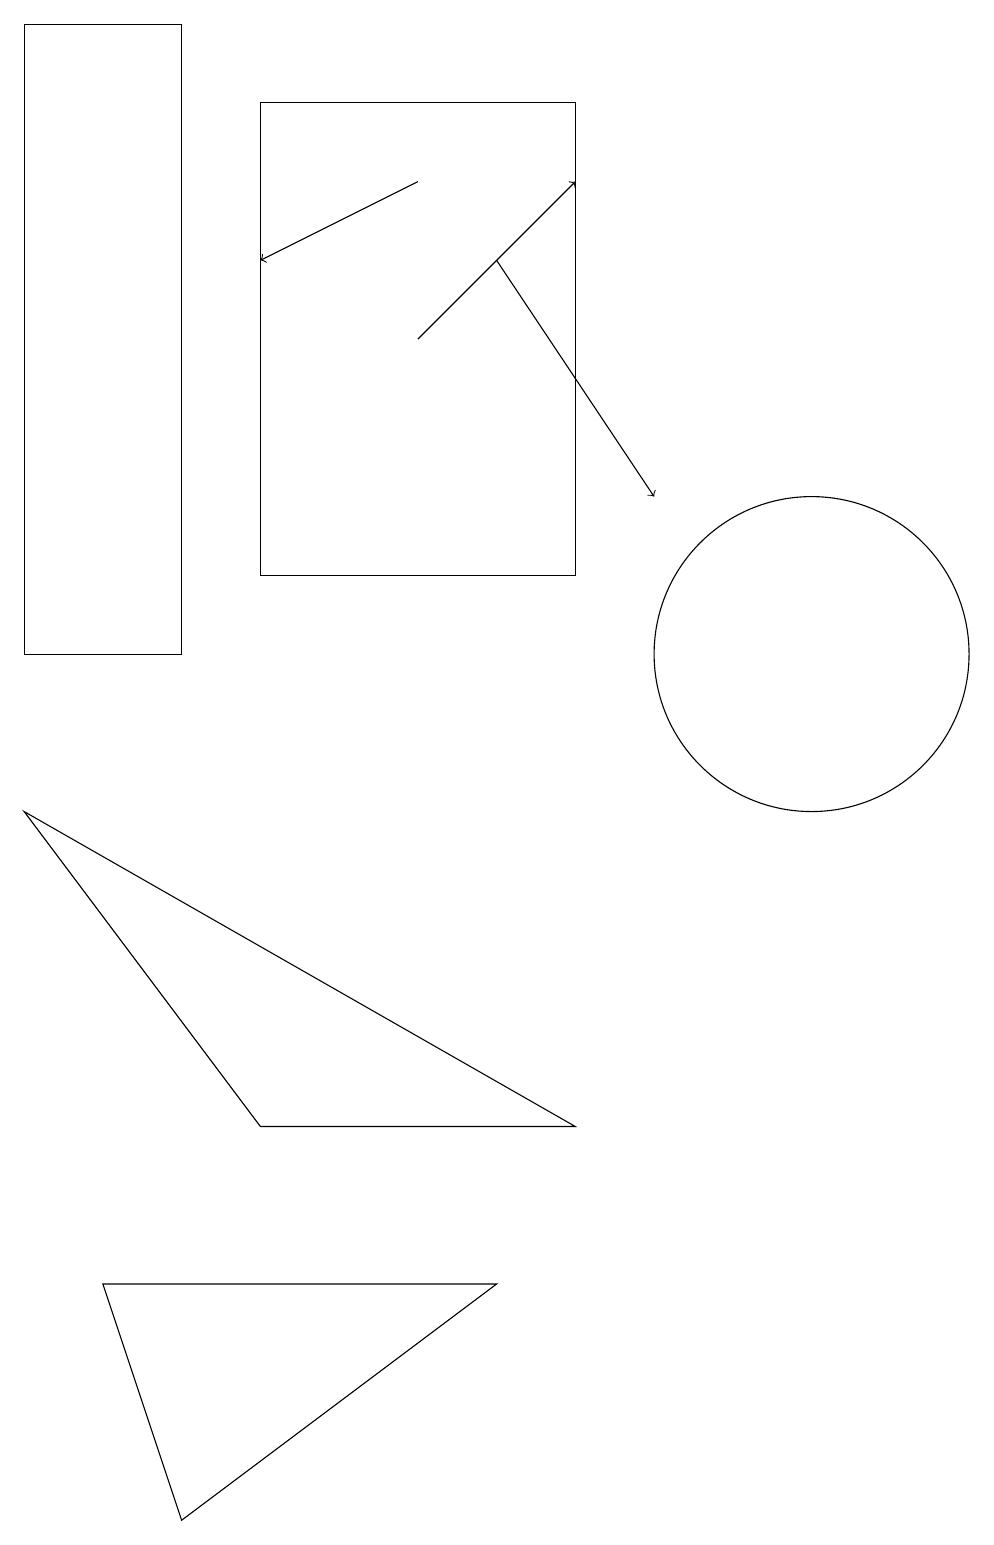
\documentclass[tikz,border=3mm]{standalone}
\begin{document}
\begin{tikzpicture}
\draw[->] (7,16) -- (9,13);
\draw (8,12) rectangle (4,18);
\draw[->] (6,17) -- (4,16);
\draw (2,3) -- (3,0) -- (7,3) -- cycle;
\draw (4,5) -- (1,9) -- (8,5) -- cycle;
\draw (1,19) rectangle (3,11);
\draw (11,11) circle (2);
\draw[->] (6,15) -- (8,17);
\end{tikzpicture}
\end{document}